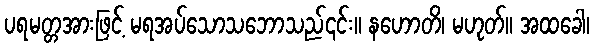
ပရမတ္တအားဖြင့် မရအပ်သောသဘောသည်၎င်း။ နဟောတိ၊ မဟုတ်။ အထခေါ၊